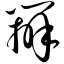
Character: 辨